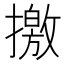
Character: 撽